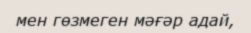
мен гөзмеген мәғәр адай,